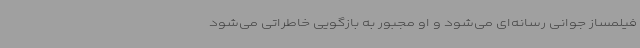
فیلمساز جوانی رسانه‌ای می‌شود و او مجبور به بازگویی خاطراتی می‌شود